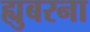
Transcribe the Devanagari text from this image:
ह्युबरना